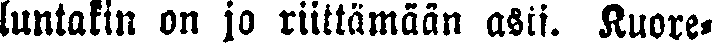
luntakin on jo riittämään asti. Kuore-